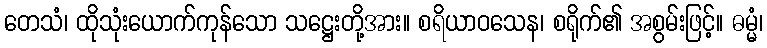
တေသံ၊ ထိုသုံးယောက်ကုန်သော သဋ္ဌေးတို့အား။ စရိယာဝသေန၊ စရိုက်၏ အစွမ်းဖြင့်။ ဓမ္မံ၊